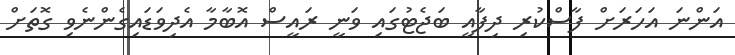
އަންނަ އަހަރަށް ފާސްކުރި ދިފާއީ ބަޖެޓުގައި ވަނީ ރައީސް އޮބާމާ އެދިވަޑައިގެންނެވި ގޮތަށް